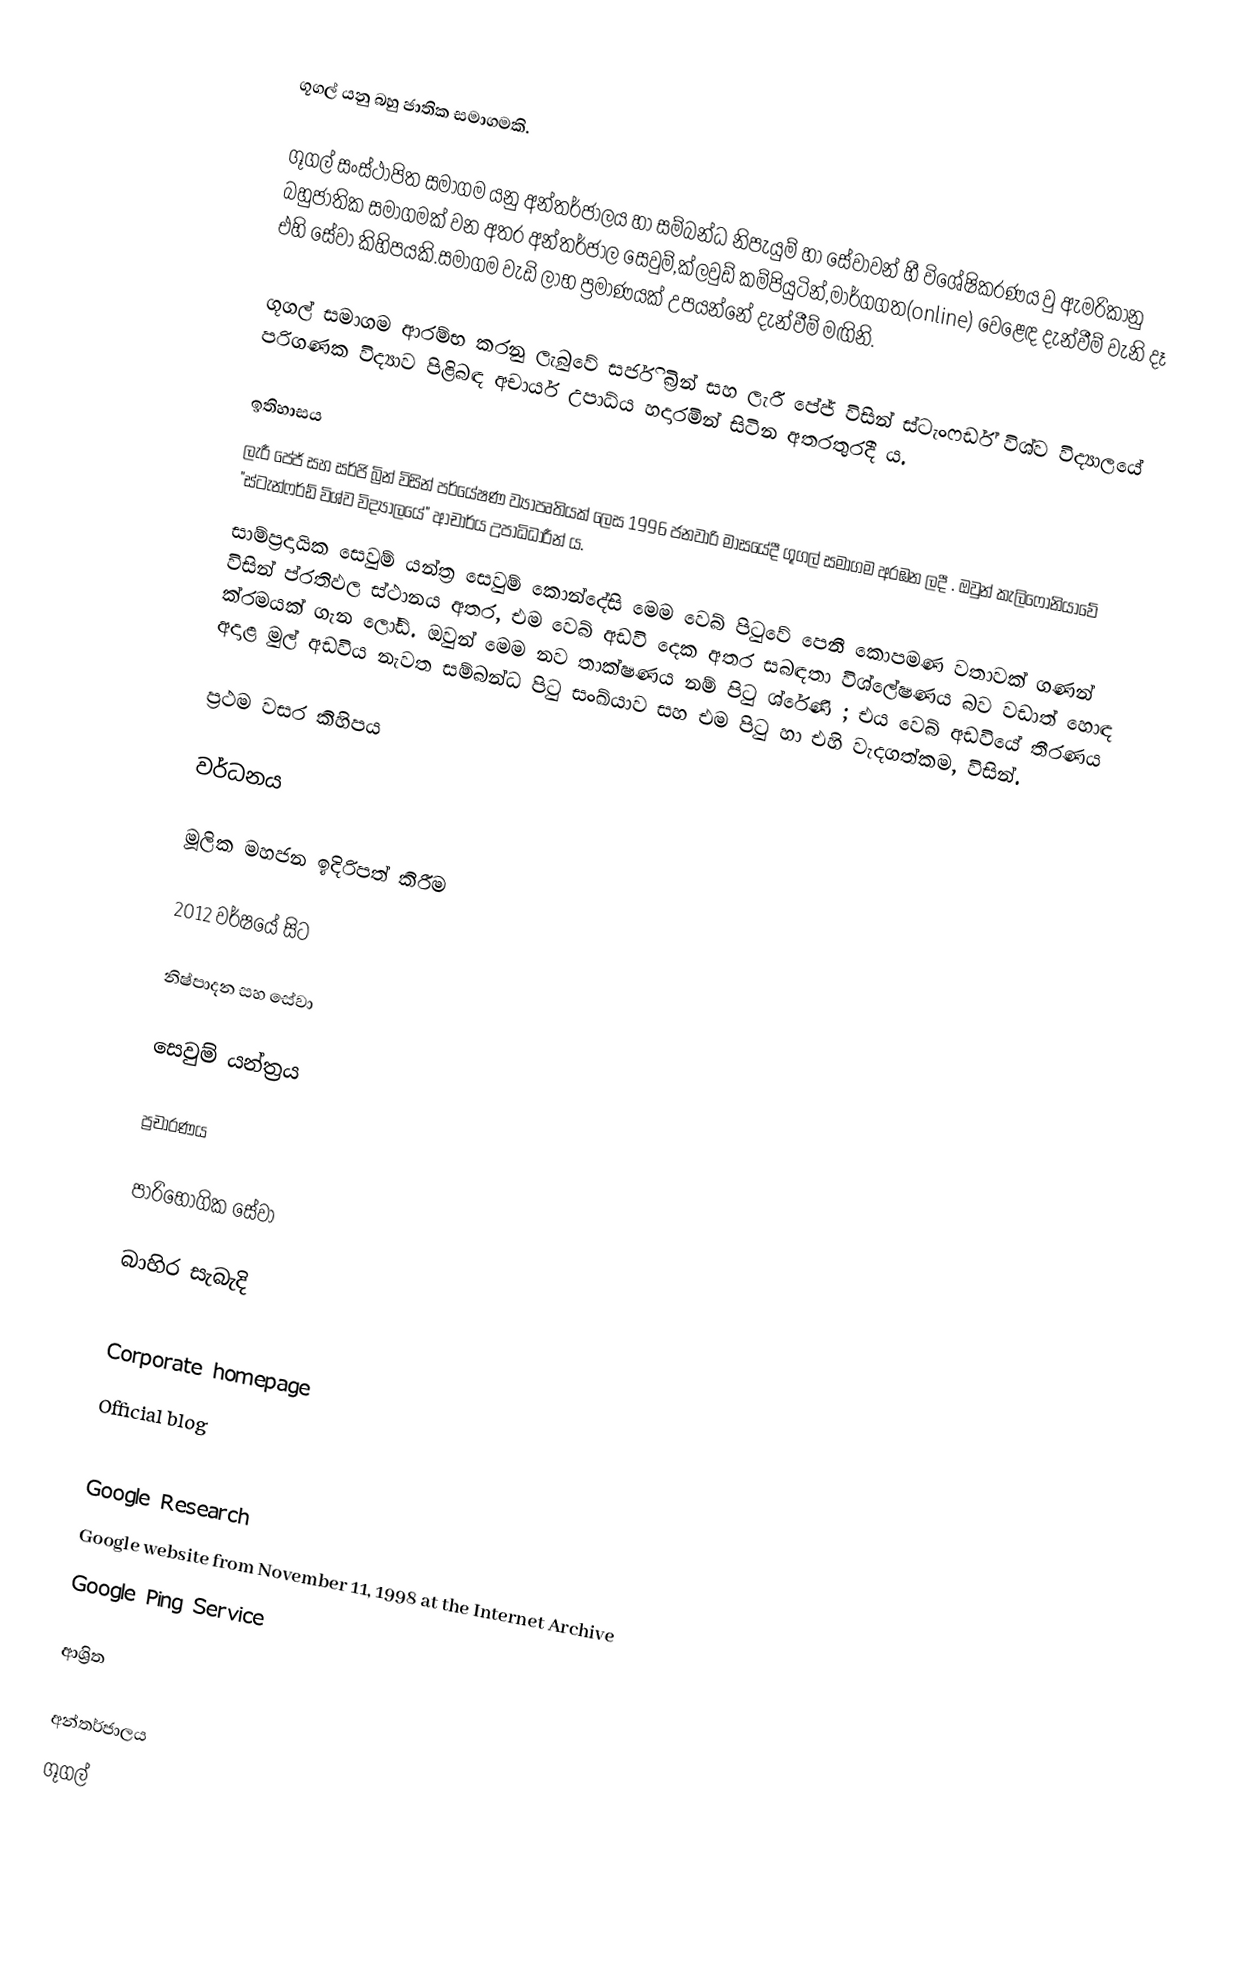
ගූගල් යනු බහු ජාතික සමාගමකි.

ගූගල් සංස්ථාපිත සමාගම යනු අන්තර්ජාලය හා සම්බන්ධ නිපැයුම් හා සේවාවන් හී විශේෂිකරණය වු ඇමරිකානු බහුජාතික සමාගමක් වන අතර අන්තර්ජාල සෙවුම්,ක්ලවුඩ් කම්පියුටින්,මාර්ගගත(online) වෙළෙඳ දැන්වීම් වැනි දෑ එහි සේවා කිහිපයකි.සමාගම වැඩි ලාභ ප්‍රමාණයක් උපයන්නේ දැන්වීම් මඟිනි.

ගූගල් සමාගම ආරම්භ කරනු ලැබුවේ සර්ජි බ්‍රින් සහ ලැරී පේජ් විසින්  ස්ටැංෆර්ඩ් විශ්ව විද්‍යාලයේ පරිගණක විද්‍යාව පිළිබඳ අචාර්ය උපාධ්ය හදාරමින් සිටින අතරතුරදී ය.

ඉතිහාසය
ලැරී පේජ් සහ සර්ජි බ්‍රින් විසින් පර්යේෂණ ව්‍යාපෘතියක් ලෙස 1996 ජනවාරි මාසයේදී ගූගල් සමාගම අරඹන ලදී . ඔවුන්  කැලිෆෝනියාවේ "ස්ටැන්ෆර්ඩ් විශ්ව විද්‍යාලයේ" ආචාර්ය උපාධිධාරීන් ය.
සාම්ප්‍රදායික සෙවුම් යන්ත්‍ර සෙවුම් කොන්දේසි මෙම වෙබ් පිටුවේ පෙනී කොපමණ වතාවක් ගණන් විසින් ප්රතිඵල ස්ථානය අතර, එම වෙබ් අඩවි දෙක අතර සබඳතා විශ්ලේෂණය බව වඩාත් හොඳ ක්රමයක් ගැන ලෝඩ්. ඔවුන් මෙම නව තාක්ෂණය නම් පිටු ශ්රේණි ; එය වෙබ් අඩවියේ තීරණය අදාළ මුල් අඩවිය නැවත සම්බන්ධ පිටු සංඛ්යාව සහ එම පිටු හා එහි වැදගත්කම, විසින්.

ප්‍රථම වසර කිහිපය

වර්ධනය

මූලික මහජන ඉදිරිපත් කිරීම

2012 වර්ෂයේ සිට

නිෂ්පාදන සහ සේවා

සෙවුම් යන්ත්‍රය

ප්‍රචාරණය

පාරිභෝගික සේවා

බාහිර සැබැදි

 Corporate homepage
 Official blog

 Google Research
 Google website from November 11, 1998 at the Internet Archive
 Google Ping Service

ආශ්‍රිත

අන්තර්ජාලය
ගූගල්